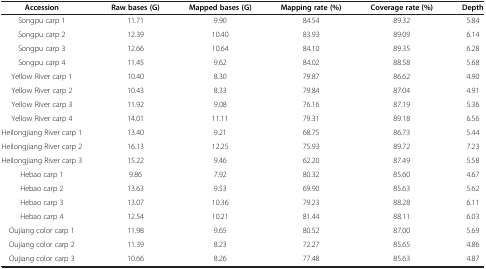
<table><thead><tr><td><b>Accession</b></td><td><b>Raw bases (G)</b></td><td><b>Mapped bases (G)</b></td><td><b>Mapping rate (%)</b></td><td><b>Coverage rate (%)</b></td><td><b>Depth</b></td></tr></thead><tbody><tr><td>Songpu carp 1</td><td>11.71</td><td>9.90</td><td>84.54</td><td>89.32</td><td>5.84</td></tr><tr><td>Songpu carp 2</td><td>12.39</td><td>10.40</td><td>83.93</td><td>89.09</td><td>6.14</td></tr><tr><td>Songpu carp 3</td><td>12.66</td><td>10.64</td><td>84.10</td><td>89.35</td><td>6.28</td></tr><tr><td>Songpu carp 4</td><td>11.45</td><td>9.62</td><td>84.02</td><td>88.58</td><td>5.68</td></tr><tr><td>Yellow River carp 1</td><td>10.40</td><td>8.30</td><td>79.87</td><td>86.62</td><td>4.90</td></tr><tr><td>Yellow River carp 2</td><td>10.43</td><td>8.33</td><td>79.84</td><td>87.04</td><td>4.91</td></tr><tr><td>Yellow River carp 3</td><td>11.92</td><td>9.08</td><td>76.16</td><td>87.19</td><td>5.36</td></tr><tr><td>Yellow River carp 4</td><td>14.01</td><td>11.11</td><td>79.31</td><td>89.18</td><td>6.56</td></tr><tr><td>Heilongjiang River carp 1</td><td>13.40</td><td>9.21</td><td>68.75</td><td>86.73</td><td>5.44</td></tr><tr><td>Heilongjiang River carp 2</td><td>16.13</td><td>12.25</td><td>75.93</td><td>89.72</td><td>7.23</td></tr><tr><td>Heilongjiang River carp 3</td><td>15.22</td><td>9.46</td><td>62.20</td><td>87.49</td><td>5.58</td></tr><tr><td>Hebao carp 1</td><td>9.86</td><td>7.92</td><td>80.32</td><td>85.60</td><td>4.67</td></tr><tr><td>Hebao carp 2</td><td>13.63</td><td>9.53</td><td>69.90</td><td>85.63</td><td>5.62</td></tr><tr><td>Hebao carp 3</td><td>13.07</td><td>10.36</td><td>79.23</td><td>88.28</td><td>6.11</td></tr><tr><td>Hebao carp 4</td><td>12.54</td><td>10.21</td><td>81.44</td><td>88.11</td><td>6.03</td></tr><tr><td>Oujiang color carp 1</td><td>11.98</td><td>9.65</td><td>80.52</td><td>87.00</td><td>5.69</td></tr><tr><td>Oujiang color carp 2</td><td>11.39</td><td>8.23</td><td>72.27</td><td>85.65</td><td>4.86</td></tr><tr><td>Oujiang color carp 3</td><td>10.66</td><td>8.26</td><td>77.48</td><td>85.63</td><td>4.87</td></tr></tbody></table>